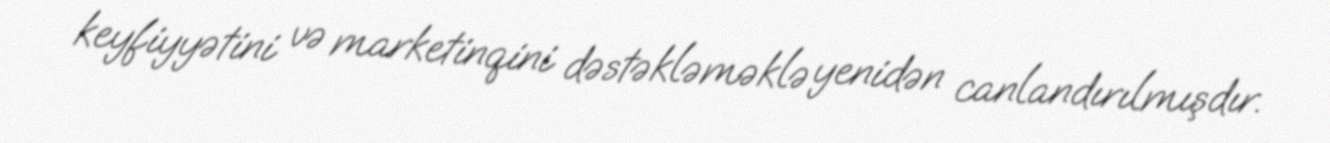
keyfiyyətini və marketinqini dəstəkləməklə yenidən canlandırılmışdır.